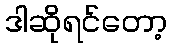
ဒါဆိုရင်တော့